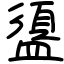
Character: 盨